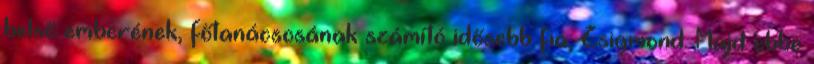
belső emberének, főtanácsosának számító idősebb fia, Zsigmond. Majd ebbe